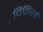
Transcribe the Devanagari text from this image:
चितिरई